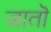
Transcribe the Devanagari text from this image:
जातॊ